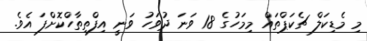
މި މެޑިކަލް ޗެކަޕްތައް މިމަހުގެ 18 ވަނަ ދުވަހު ވަނީ އިފްތިތާހްކޮށްފަ އެވެ.